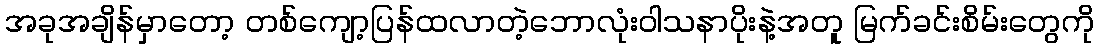
အခုအချိန်မှာတော့ တစ်ကျော့ပြန်ထလာတဲ့ဘောလုံးဝါသနာပိုးနဲ့အတူ မြက်ခင်းစိမ်းတွေကို